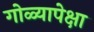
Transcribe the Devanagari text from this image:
गोळ्यापेक्षा